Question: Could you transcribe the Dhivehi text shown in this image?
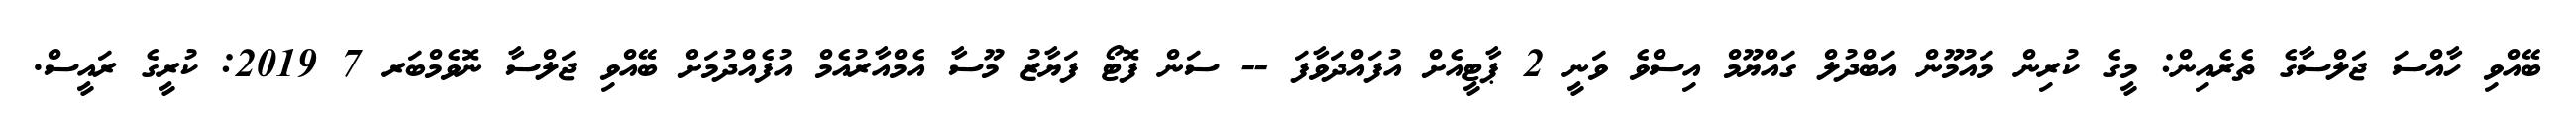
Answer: ބޭއްވި ހާއްސަ ޖަލްސާގެ ތެރެއިން: މީގެ ކުރިން މައުމޫން އަބްދުލް ގައްޔޫމް އިސްވެ ވަނީ 2 ޕާޓީއެށް އުފައްދަވާފަ -- ސަން ފޮޓޯ ފަޔާޒު މޫސާ އެމްއާރުއެމް އުފެއްދުމަށް ބޭއްވި ޖަލްސާ ނޮވެމްބަރ 7 2019: ކުރީގެ ރައީސް.